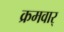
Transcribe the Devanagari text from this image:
क्रमवार्